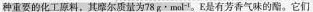
种重要的化工原料，其摩尔质量为78g·mol^{-1}。E是有芳香气味的酯。它们